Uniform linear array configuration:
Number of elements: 4
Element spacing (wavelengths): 0.25
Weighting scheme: exponential
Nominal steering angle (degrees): -15
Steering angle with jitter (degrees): -13.255
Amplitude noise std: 0.05
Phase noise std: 0.05

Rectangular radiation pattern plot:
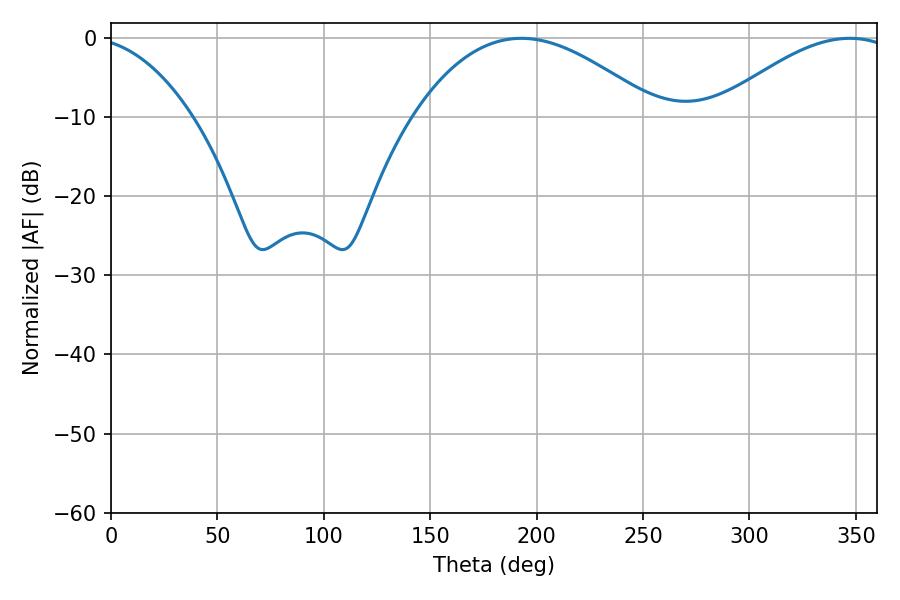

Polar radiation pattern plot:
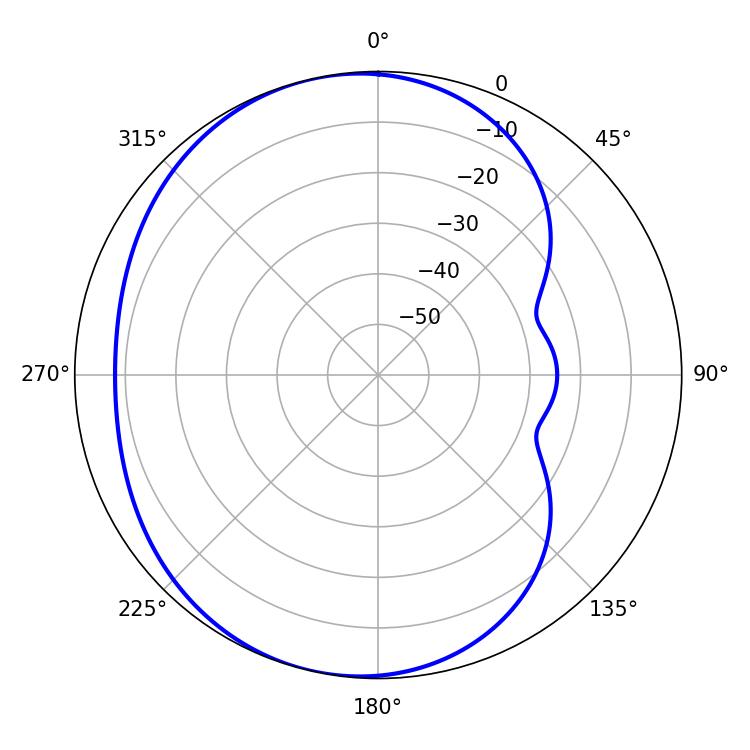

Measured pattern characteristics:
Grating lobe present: FALSE
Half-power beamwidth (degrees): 63
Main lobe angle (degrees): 192.78